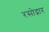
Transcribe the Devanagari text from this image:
रसोद्गार